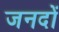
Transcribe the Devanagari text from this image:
जनदों